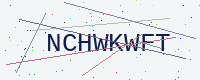
Text: NCHWKWFT